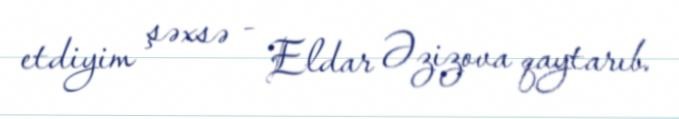
etdiyim şəxsə - Eldar Əzizova qaytarıb.